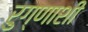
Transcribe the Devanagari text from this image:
रुग्णाशी